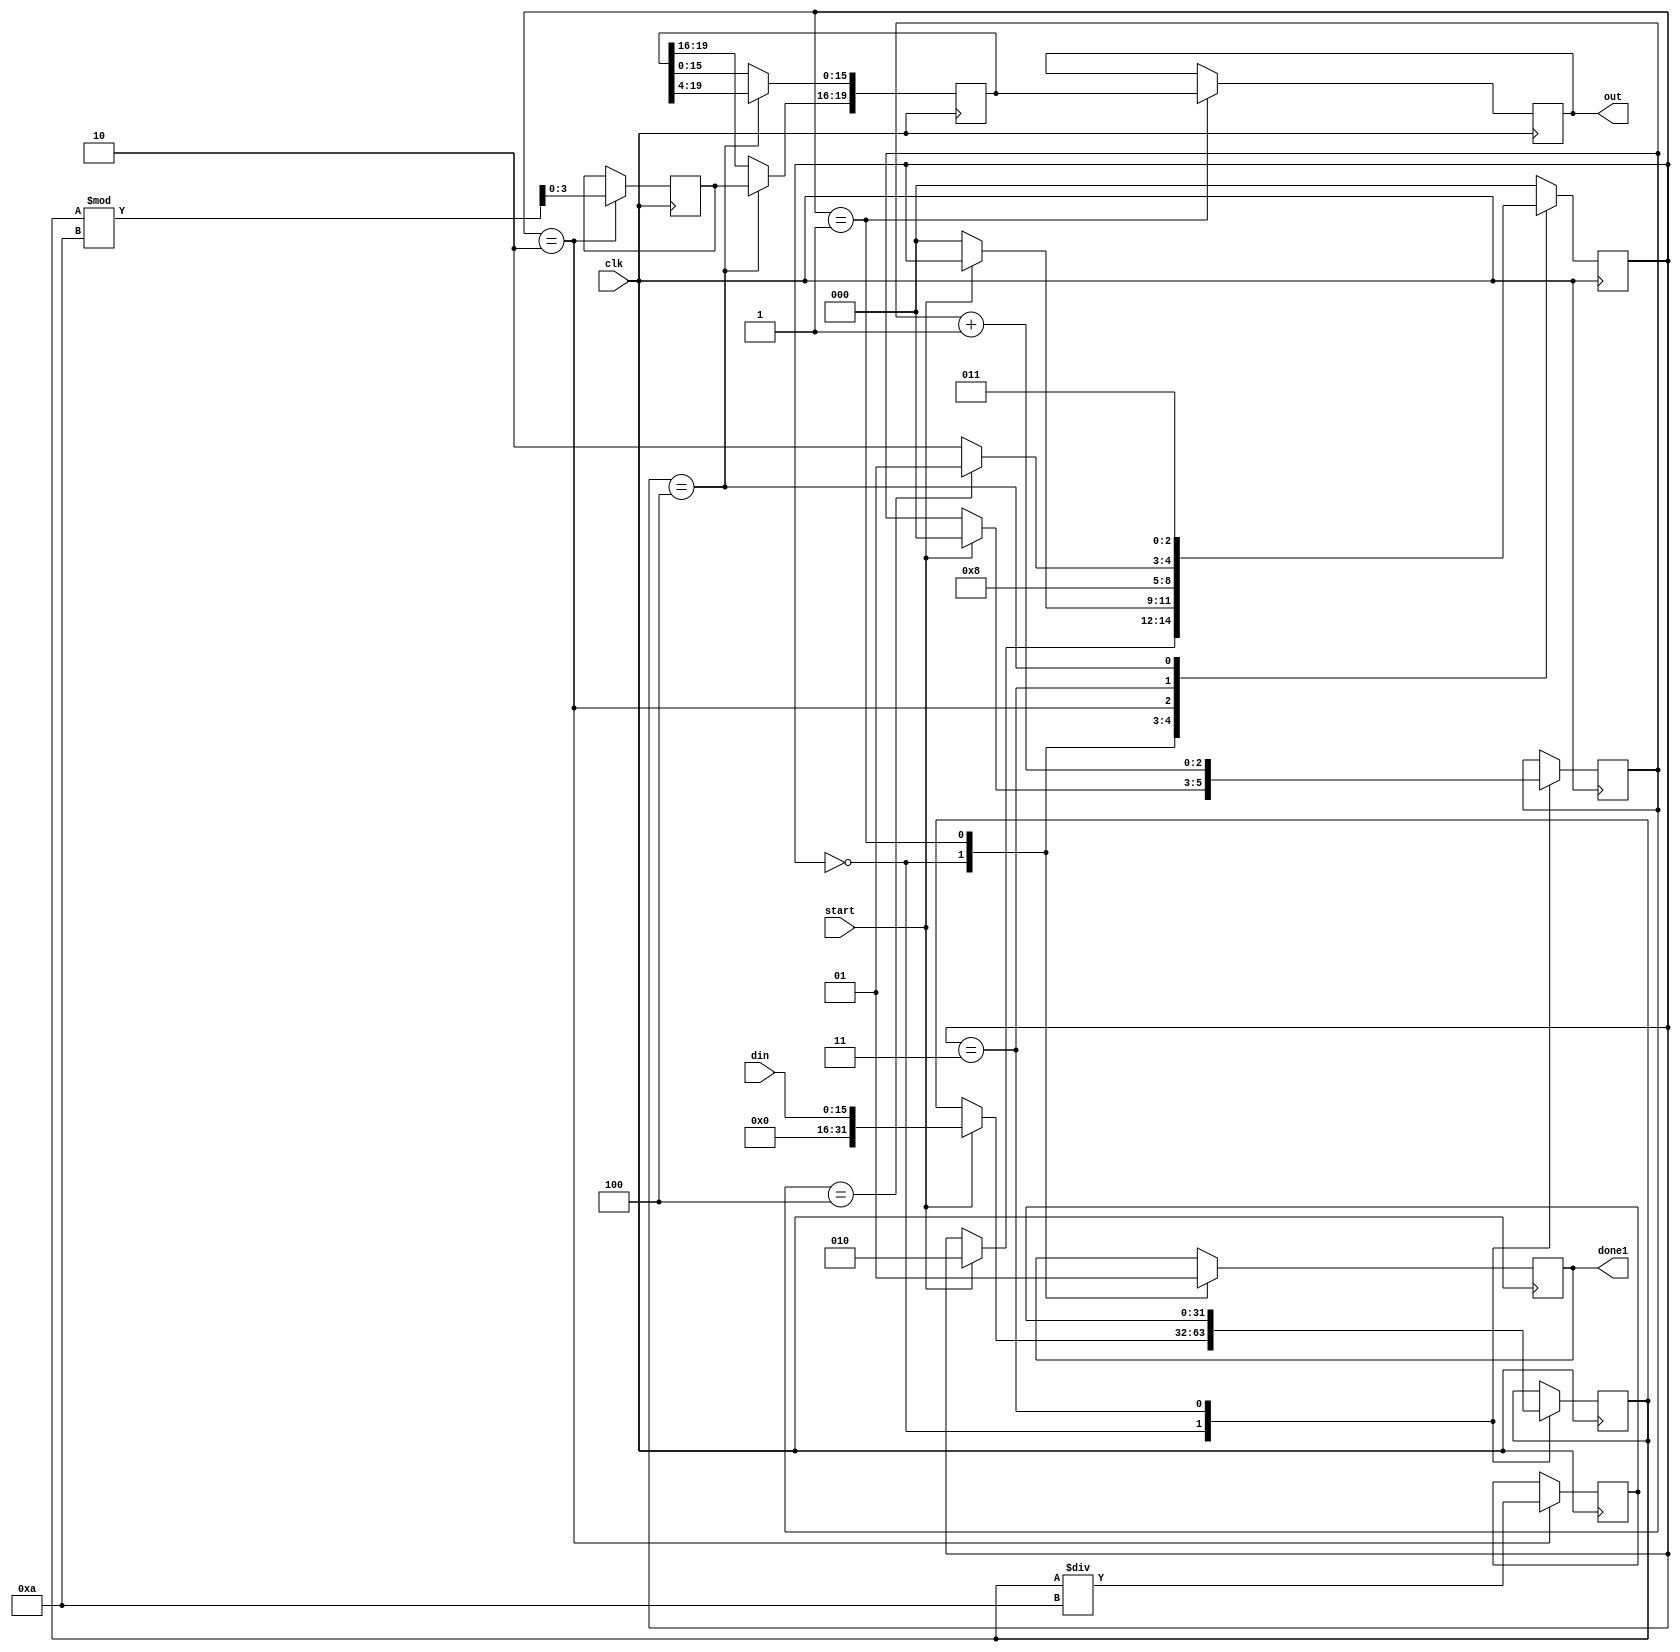
`timescale 1ns / 1ps
//////////////////////////////////////////////////////////////////////////////////
// Company: 
// Engineer: 
// 
// Design Name: 
// Module Name: binary2decimal
// Project Name: 
// Target Devices: 
// Tool Versions: 
// Description: 
// 
// Dependencies: 
// 
// Revision:
// Revision 0.01 - File Created
// Additional Comments:
// 
//////////////////////////////////////////////////////////////////////////////////


module binary2decimal(
    input clk,
    input start,
    input [15:0] din,
   // output done,
    output reg [19:0] out,
    output reg done1
    );
   localparam  S_IDLE=0,
                S_DONE=1,
                S_DIVIDE=2,
                S_NEXT_DIGIT=3,
                S_CONVERT=4;
    reg [2:0] state=S_IDLE;
    reg [31:0] data;
    reg [31:0] div;
    reg [3:0] mod;
    reg [2:0] byte_count;
    reg [19:0] dout;
    
   // assign done = (state == S_IDLE || state == S_DONE) ? 1 : 0;
    
    always@(posedge clk)
        case (state)
        S_IDLE: begin
            done1<=0;
            if (start == 1) begin
                state <= S_DIVIDE;
                data <= din;
                byte_count <= 0;
            end
        end
        S_DONE: begin
            out<=dout;
            done1<=1;
            if (start == 0)
                state <= S_IDLE;
        end
        S_DIVIDE: begin
            div <= data / 10;
            mod <= data % 10;
            state <= S_CONVERT;
        end
        S_NEXT_DIGIT: begin
            if (byte_count == 4)
                state <= S_DONE;
            else
                state <= S_DIVIDE;
            data <= div;
            byte_count <= byte_count + 1;
        end
        S_CONVERT: begin
            dout[15:0] <= dout[19:4];
            dout[19:16] <= mod[3:0];
            state <= S_NEXT_DIGIT;
        end
        default: begin
            state <= S_IDLE;
        end
        endcase  
    
     
endmodule